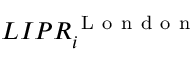
L I P R _ { i } ^ { \mathrm { ~ L ~ o ~ n ~ d ~ o ~ n ~ } }